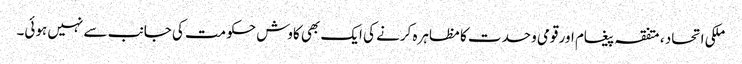
ملکی اتحاد ، متفقہ پیغام اور قومی وحدت کا مظاہرہ کرنے کی ایک بھی کاوش حکومت کی جانب سے نہیں ہوئی۔